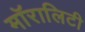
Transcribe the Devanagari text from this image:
मॉरालिटी